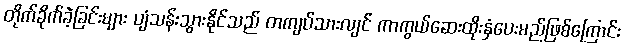
တိုက်ခိုက်ခဲ့ခြင်းများ ပျံသန်းသွားနိုင်သည် တကျပ်သားလျင် ကာကွယ်ဆေးထိုးနှံပေးမည်ဖြစ်ကြောင်း